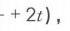
\(- + 2t)\)，